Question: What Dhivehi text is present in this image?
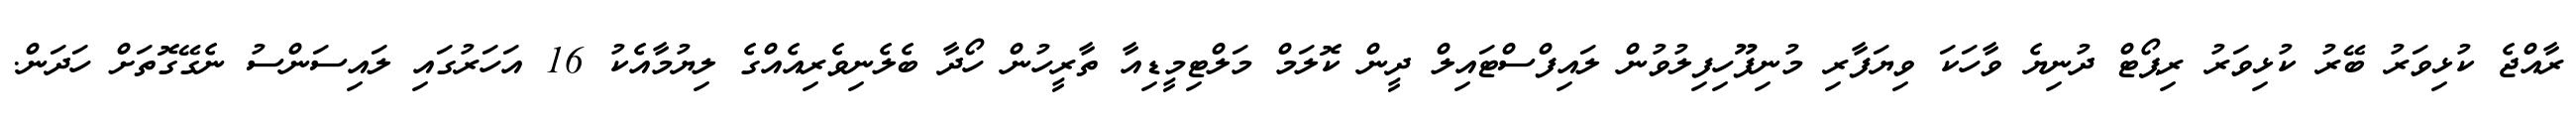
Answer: ރާއްޖެ ކުޅިވަރު ބޭރު ކުޅިވަރު ރިޕޯޓް ދުނިޔެ ވާހަކަ ވިޔަފާރި މުނިފޫހިފިލުވުން ލައިފްސްޓައިލް ދީން ކޮލަމް މަލްޓިމީޑިއާ ތާރީހުން ހޯދާ ބެލެނިވެރިއެއްގެ ލިޔުމާއެކު 16 އަހަރުގައި ލައިސަންސު ނެގޭގޮތަށް ހަދަން.